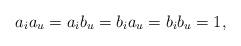
LaTeX: \begin{align*}a_ia_u = a_ib_u = b_ia_u = b_ib_u = 1, \end{align*}